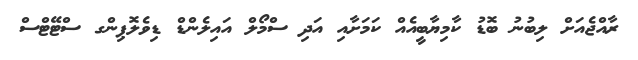
ރާއްޖެއަށް ލިބުނު ބޮޑު ކާމިޔާބީއެއް ކަމަށާއި އަދި ސްމޯލް އައިލެންޑް ޑިވެލޮޕިންގ ސްޓޭޓްސް